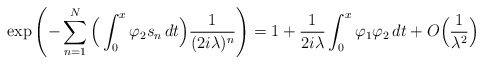
\begin{align*}\exp\left(-\sum_{n=1}^N\Big(\int_0^x\varphi_2s_n\,dt\Big)\frac{1}{(2i\lambda)^n}\right)=1+ \frac{1}{2 i\lambda}\int_0^x \varphi_1\varphi_2\,dt+ O\Big(\frac{1}{\lambda^2}\Big)\end{align*}